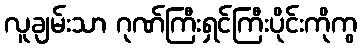
လူချမ်းသာ ဂုဏ်ကြီးရှင်ကြီးပိုင်းကိုကွ